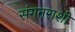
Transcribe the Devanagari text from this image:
संगतराशी